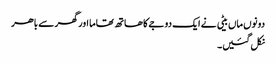
دونوں ماں بیٹی نے ایک دوجے کا ھاتھ تھاما اور گھر سے باھر
نکل گئیں۔